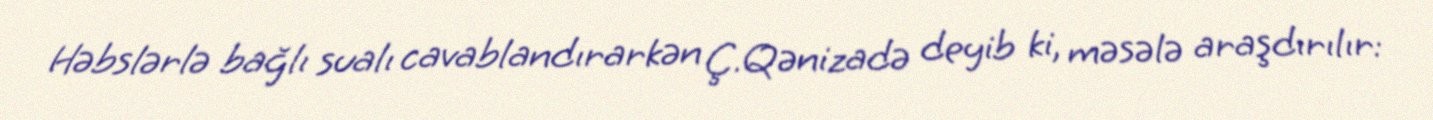
Həbslərlə bağlı sualı cavablandırarkən Ç.Qənizadə deyib ki, məsələ araşdırılır: